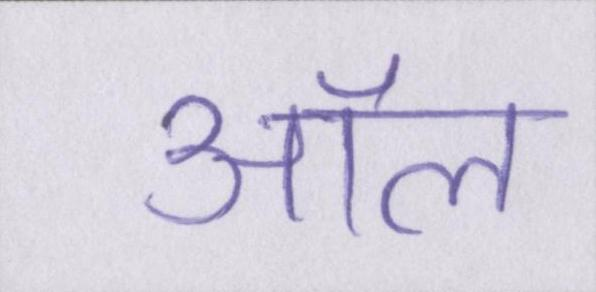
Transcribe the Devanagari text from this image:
ऑल